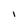
Character: I